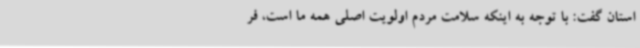
استان گفت: با توجه به اینکه سلامت مردم اولویت اصلی همه ما است، فر